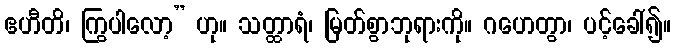
ဧဟီတိ၊ ကြွပါလော့” ဟု။ သတ္ထာရံ၊ မြတ်စွာဘုရားကို။ ဂဟေတွာ၊ ပင့်ခေါ်၍။